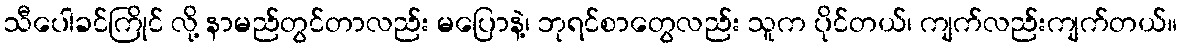
သီပေါခင်ကြိုင် လို့ နာမည်တွင်တာလည်း မပြောနဲ့၊ ဘုရင်စာတွေလည်း သူက ပိုင်တယ်၊ ကျက်လည်းကျက်တယ်။